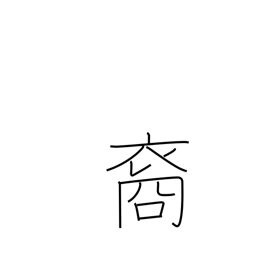
Meaning: descendant